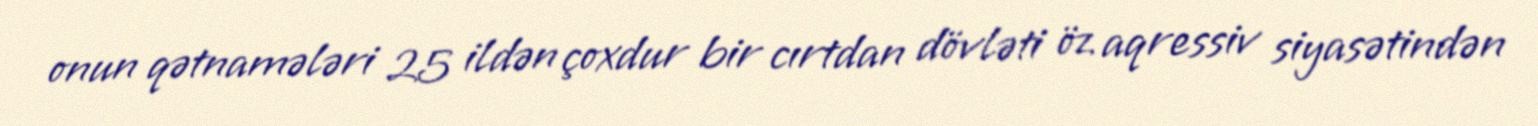
onun qətnamələri 25 ildən çoxdur bir cırtdan dövləti öz aqressiv siyasətindən